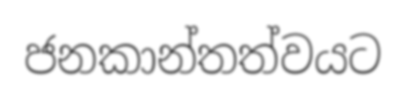
ජනකාන්තත්වයට